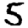
Digit: 5